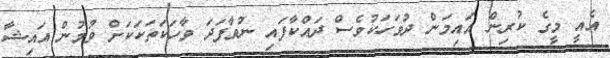
އެއީ މީގެ ކުރިން އައިމަން ދުވަހަކުވެސް ދައްކާފައި ނުވާފަދަ ވާހަކަތަކަކަށް ވުމުން އައިޝާ